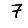
Digit: 7